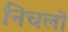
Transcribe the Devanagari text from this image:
निचलो